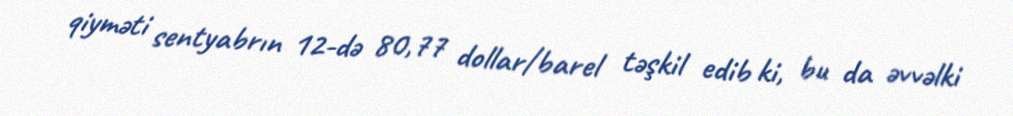
qiyməti sentyabrın 12-də 80,77 dollar/barel təşkil edib ki, bu da əvvəlki